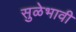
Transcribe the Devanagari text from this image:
सुळेभावी